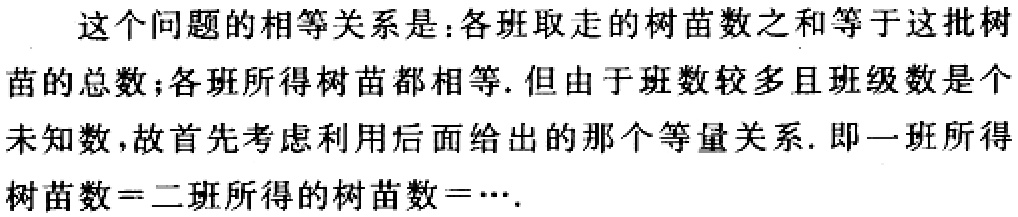
这个问题的相等关系是：各班取走的树苗数之和等于这批树苗的总数；各班所得树苗都相等. 但由于班数较多且班级数是个未知数，故首先考虑利用后面给出的那个等量关系. 即一班所得树苗数=二班所得的树苗数=….